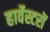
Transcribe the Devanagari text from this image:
हार्वेस्टरों